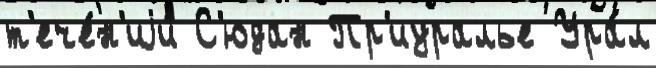
т'ече́н'иjи С'юдан Пр'иуралье Ура́л